Annual report of the Bengal Veterinary College and of the Civil Veterinary Department, Bengal, for the year 1899-1900 - 1899-1900
Year: 1899
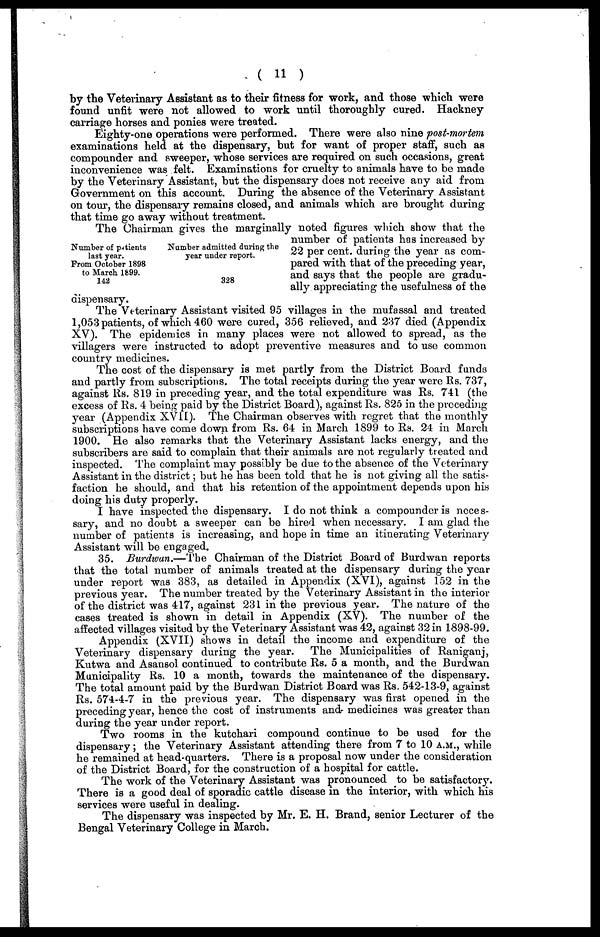
( 11 )
by the Veterinary Assistant as to their fitness for work, and those which were
found unfit were not allowed to work until thoroughly cured. Hackney
carriage horses and ponies were treated.
Eighty-one operations were performed. There were also nine post-mortem
examinations held at the dispensary, but for want of proper staff, such as
compounder and sweeper, whose services are required on such occasions, great
inconvenience was felt. Examinations for cruelty to animals have to be made
by the Veterinary Assistant, but the dispensary does not receive any aid from
Government on this account. During the absence of the Veterinary Assistant
on tour, the dispensary remains closed, and animals which are brought during
that time go away without treatment.
Number of patients
last year.
Prom October 1898
to March 1699.
142
Number admitted during the
year under report.
328
The Chairman gives the marginally noted figures which show that the
number of patients has increased by
22 per cent. during the year as com-
pared with that of the preceding year,
and says that the people are gradu-
ally appreciating the usefulness of the
dispensary.
The Veterinary Assistant visited 95 villages in the mufassal and treated
1,053 patients, of which 460 were cured, 356 relieved, and 237 died (Appendix
XV). The epidemics in many places were not allowed to spread, as the
villagers were instructed to adopt preventive measures and to use common
country medicines.
The cost of the dispensary is met partly from the District Board funds
and partly from subscriptions. The total receipts during the year were Rs. 737,
against Rs. 819 in preceding year, and the total expenditure was Rs. 741 (the
excess of Rs. 4 being paid by the District Board), against Rs. 825 in the preceding
year (Appendix XVII). The Chairman observes with regret that the monthly
subscriptions have come down from Rs. 64 in March 1899 to Rs. 24 in March
1900. He also remarks that the Veterinary Assistant lacks energy, and the
subscribers are said to complain that their animals are not regularly treated and
inspected. The complaint may possibly be due to the absence of the Veterinary
Assistant in the district; but he has been told that he is not giving all the satis-
faction he should, and that his retention of the appointment depends upon his
doing his duty properly.
I have inspected the dispensary. I do not think a compounder is neces-
sary, and no doubt a sweeper can be hired when necessary. I am glad the
number of patients is increasing, and hope in time an itinerating Veterinary
Assistant will be engaged.
35. Burdwan.—The Chairman of the District Board of Burdwan reports
that the total number of animals treated at the dispensary during the year
under report was 383, as detailed in Appendix (XVI), against 152 in the
previous year. The number treated by the Veterinary Assistant in the interior
of the district was 417, against 231 in the previous year. The nature of the
cases treated is shown in detail in Appendix (XV). The number of the
affected villages visited by the Veterinary Assistant was 42, against 32 in 1898-99.
Appendix (XVII) shows in detail the income and expenditure of the
Veterinary dispensary during the year. The Municipalities of Raniganj,
Kutwa and Asansol continued to contribute Rs. 5 a month, and the Burdwan
Municipality Rs. 10 a month, towards the maintenance of the dispensary.
The total amount paid by the Burdwan District Board was Rs. 542-13-9, against
Rs. 574-4-7 in the previous year. The dispensary was first opened in the
preceding year, hence the cost of instruments and medicines was greater than
during the year under report.
Two rooms in the kutchari compound continue to be used for the
dispensary; the Veterinary Assistant attending there from 7 to 10 a.m., while
he remained at head-quarters. There is a proposal now under the consideration
of the District Board, for the construction of a hospital for cattle.
The work of the Veterinary Assistant was pronounced to be satisfactory.
There is a good deal of sporadic cattle disease in the interior, with which his
services were useful in dealing.
The dispensary was inspected by Mr. E. H. Brand, senior Lecturer of the
Bengal Veterinary College in March.